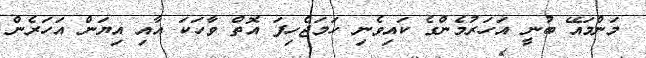
މަންމައޭ ބުނީ އަހަރުމެންގެ ކައިވެނި ހަމަޖެހިފަ އޮތް ވާހަކަ އާއި އިޔަން އަހަރެން